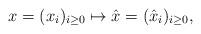
LaTeX: \begin{align*}x = (x_i)_{i\geq 0} &\mapsto \hat{x}=(\hat{x}_i)_{i\geq 0},\end{align*}